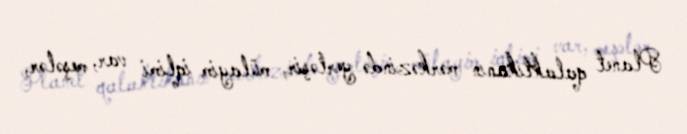
Planet qalaktikanın mərkəzində yerləşir, mülayim iqlimi var, meşələr,